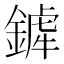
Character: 𨪨